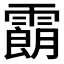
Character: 𩅜